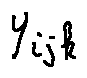
y _ { i j k }